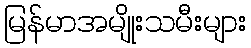
မြန်မာအမျိုးသမီးများ